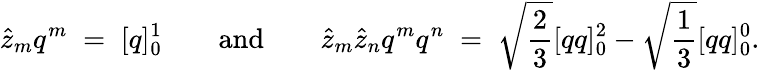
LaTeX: \hat{z}_{m}q^{m}\; =\; [q]_{0}^{1}\qquad\mathrm{and}\qquad\hat{z}_{m}\hat{z}_{n}q^{m}q^{n}\; =\; \sqrt{\frac{2}{3}}[qq]_{0}^{2}-\sqrt{\frac{1}{3}}[qq]_{0}^{0}.